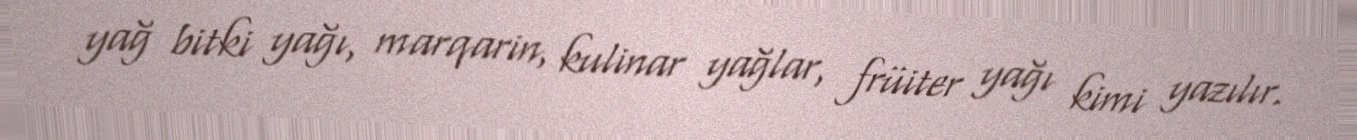
yağ bitki yağı, marqarin, kulinar yağlar, früiter yağı kimi yazılır.